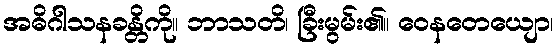
အဓိဂါသနခန္တိကို။ ဘာသတိ၊ ခြီးမွမ်း၏။ ဝေနတေယျော၊